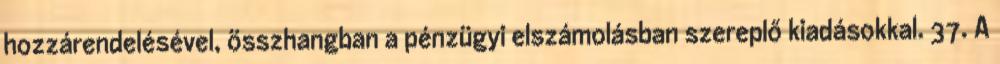
hozzárendelésével, összhangban a pénzügyi elszámolásban szereplő kiadásokkal. 37. A